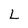
Character: L